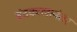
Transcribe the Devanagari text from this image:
बंदकालानंतर